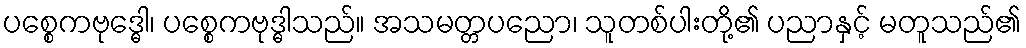
ပစ္စေကဗုဒ္ဓေါ၊ ပစ္စေကဗုဒ္ဓါသည်။ အသမတ္တပညော၊ သူတစ်ပါးတို့၏ ပညာနှင့် မတူသည်၏